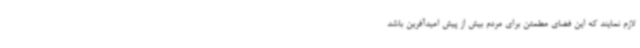
لازم نمایند که این فضای مطمئن برای مردم بیش از پیش امیدآفرین باشد